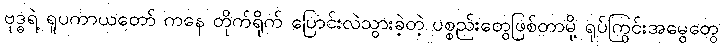
ဗုဒ္ဓရဲ့ ရူပကာယတော် ကနေ တိုက်ရိုက် ပြောင်းလဲသွားခဲ့တဲ့ ပစ္စည်းတွေဖြစ်တာမို့ ရုပ်ကြွင်းအမွေတွေ